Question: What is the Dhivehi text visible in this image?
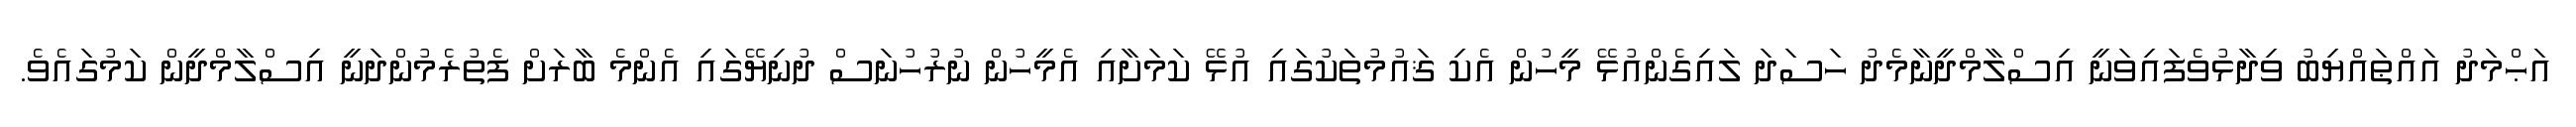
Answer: އަޙްމަދު އައްޠައްޔިބު ވިދާޅުވެފައިވަނީ އިސްލާމްދީނާމެދު ހަސަދަ ލައިގެންއުޅޭ މީހުން އެކި ޤައުމުތަކުގައި އުޅޭ ކަމަށާއި އެމީހުން ނުރުހުނަސް ދުނިޔޭގައި އެންމެ ބާރަށް ފެތުރެމުންދަނީ އިސްލާމްދީން ކަމުގައެވެ.